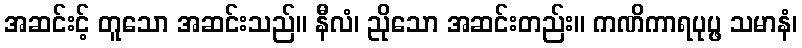
အဆင်းင့် တူသော အဆင်းသည်။ နီလံ၊ ညိုသော အဆင်းတည်း။ ကဏိကာရပုပ္ဖ သမာနံ၊